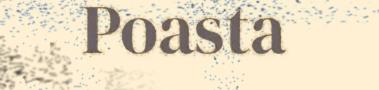
Poasta